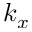
k _ { x }